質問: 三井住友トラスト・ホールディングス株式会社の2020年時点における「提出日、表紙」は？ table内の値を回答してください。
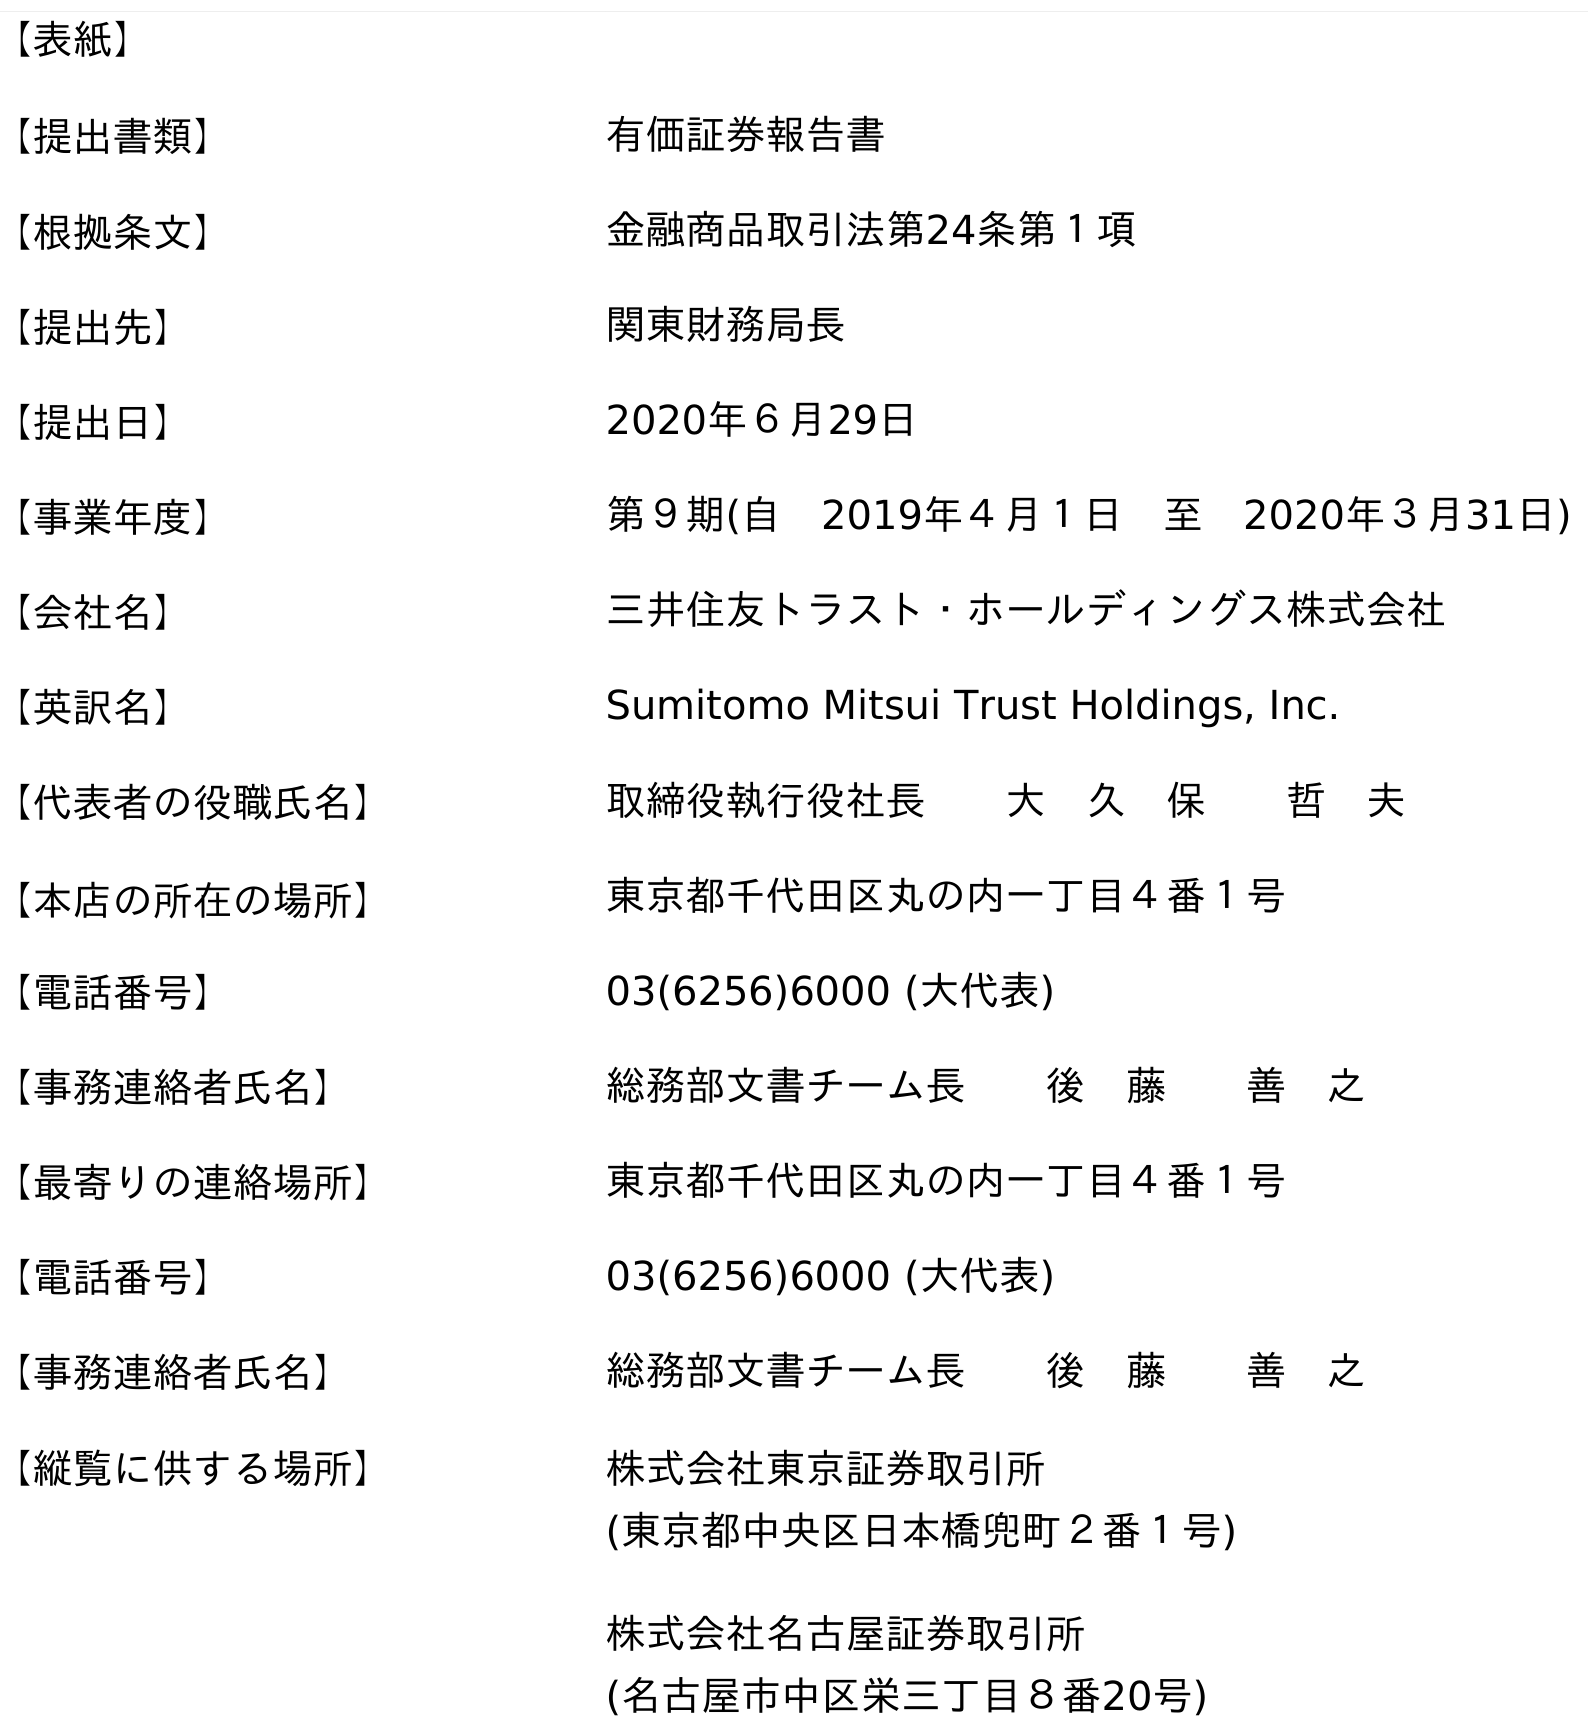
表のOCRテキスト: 【表紙】 【提出書類】 有価証券報告書 【根拠条文】 金融商品取引法第24条第１項 【提出先】 関東財務局長 【提出日】 2020年６月29日 【事業年度】 第９期(自 2019年４月１日 至 2020年３月31日) 【会社名】 三井住友トラスト・ホールディングス株式会社 【英訳名】 Sumitomo Mitsui Trust Holdings, Inc. 【代表者の役職氏名】 取締役執行役社長  大 久 保  哲 夫 【本店の所在の場所】 東京都千代田区丸の内一丁目４番１号 【電話番号】 03(6256)6000 (大代表) 【事務連絡者氏名】 総務部文書チーム長  後 藤  善 之 【最寄りの連絡場所】 東京都千代田区丸の内一丁目４番１号 【電話番号】 03(6256)6000 (大代表) 【事務連絡者氏名】 総務部文書チーム長  後 藤  善 之 【縦覧に供する場所】 株式会社東京証券取引所 (東京都中央区日本橋兜町２番１号) 株式会社名古屋証券取引所 (名古屋市中区栄三丁目８番20号)
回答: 2020年６月29日